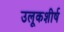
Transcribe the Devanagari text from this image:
उलूकशीर्ष